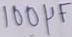
Text: 100µF